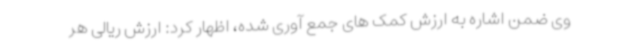
وی ضمن اشاره به ارزش کمک های جمع آوری شده، اظهار کرد: ارزش ریالی هر